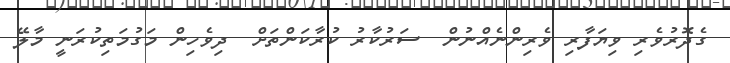
ގެދޮރުވެރި ވިޔަފާރި ވެރިންނެއްނުން  ސަރުކާރު ކުރާކަންތަށް  ދިވެހިން މަގުމަތިކުރަނީ މާލޭ